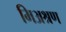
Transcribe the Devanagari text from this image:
मिअश्रण